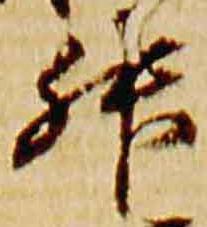
升